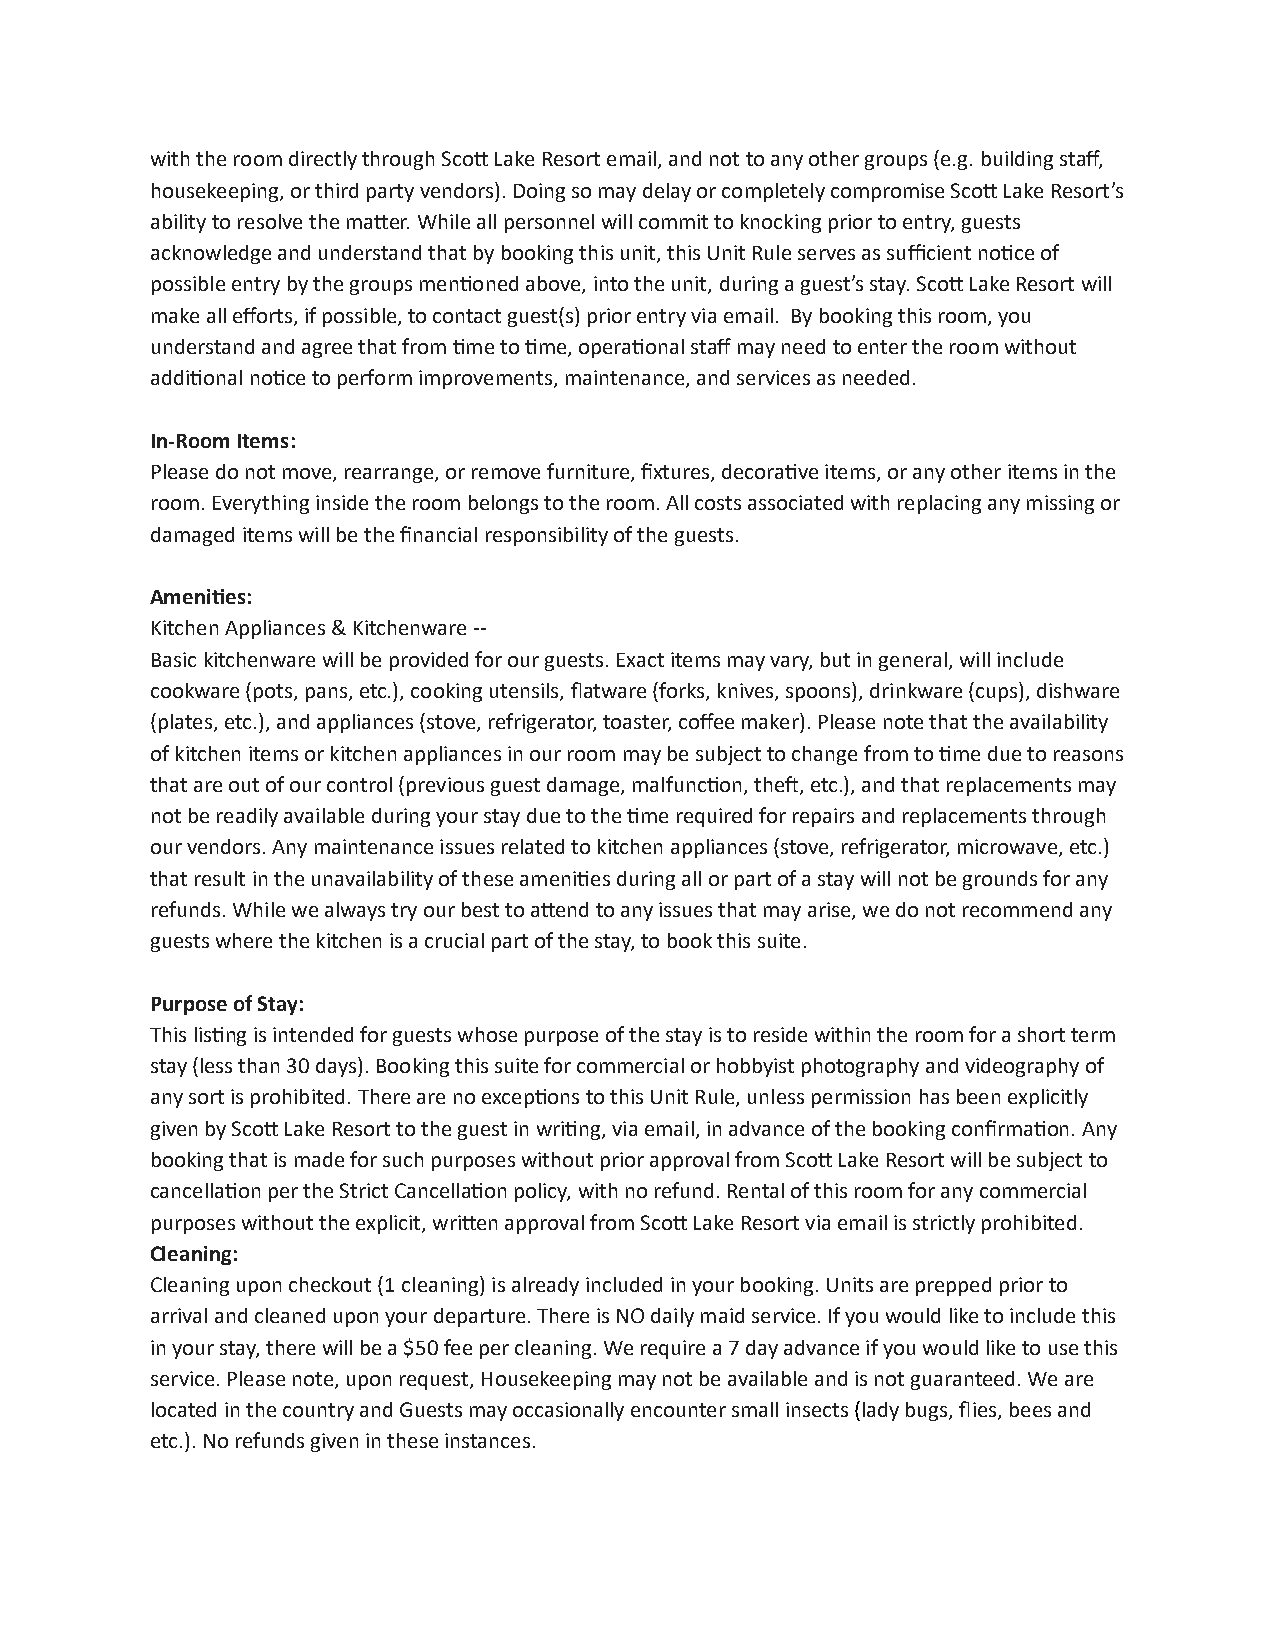
with the room directly through ScoD Lake Resort email, and not to any other groups (e.g. building staff,
 housekeeping, or third party vendors). Doing so may delay or completely compromise ScoD Lake Resort’s
 ability to resolve the maDer. While all personnel will commit to knocking prior to entry, guests
 acknowledge and understand that by booking this unit, this Unit Rule serves as sufficient no8ce of
 possible entry by the groups men8oned above, into the unit, during a guest’s stay. ScoD Lake Resort will
 make all efforts, if possible, to contact guest(s) prior entry via email. By booking this room, you
 understand and agree that from 8me to 8me, opera8onal staff may need to enter the room without
 addi8onal no8ce to perform improvements, maintenance, and services as needed.
 In-Room Items:
 Please do not move, rearrange, or remove furniture, fixtures, decora8ve items, or any other items in the
 room. Everything inside the room belongs to the room. All costs associated with replacing any missing or
 damaged items will be the financial responsibility of the guests.
 Ameni0es:
 Kitchen Appliances & Kitchenware --
 Basic kitchenware will be provided for our guests. Exact items may vary, but in general, will include
 cookware (pots, pans, etc.), cooking utensils, flatware (forks, knives, spoons), drinkware (cups), dishware
 (plates, etc.), and appliances (stove, refrigerator, toaster, coffee maker). Please note that the availability
 of kitchen items or kitchen appliances in our room may be subject to change from to 8me due to reasons
 that are out of our control (previous guest damage, malfunc8on, them, etc.), and that replacements may
 not be readily available during your stay due to the 8me required for repairs and replacements through
 our vendors. Any maintenance issues related to kitchen appliances (stove, refrigerator, microwave, etc.)
 that result in the unavailability of these ameni8es during all or part of a stay will not be grounds for any
 refunds. While we always try our best to aDend to any issues that may arise, we do not recommend any
 guests where the kitchen is a crucial part of the stay, to book this suite.
 Purpose of Stay:
 This lis8ng is intended for guests whose purpose of the stay is to reside within the room for a short term
 stay (less than 30 days). Booking this suite for commercial or hobbyist photography and videography of
 any sort is prohibited. There are no excep8ons to this Unit Rule, unless permission has been explicitly
 given by ScoD Lake Resort to the guest in wri8ng, via email, in advance of the booking confirma8on. Any
 booking that is made for such purposes without prior approval from ScoD Lake Resort will be subject to
 cancella8on per the Strict Cancella8on policy, with no refund. Rental of this room for any commercial
 purposes without the explicit, wriDen approval from ScoD Lake Resort via email is strictly prohibited.
 Cleaning:
 Cleaning upon checkout (1 cleaning) is already included in your booking. Units are prepped prior to
 arrival and cleaned upon your departure. There is NO daily maid service. If you would like to include this
 in your stay, there will be a $50 fee per cleaning. We require a 7 day advance if you would like to use this
 service. Please note, upon request, Housekeeping may not be available and is not guaranteed. We are
 located in the country and Guests may occasionally encounter small insects (lady bugs, flies, bees and
 etc.). No refunds given in these instances.